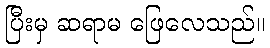
ပြီးမှ ဆရာမ ဖြေလေသည်။